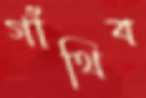
গাঁথিব